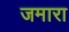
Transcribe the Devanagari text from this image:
जमारा